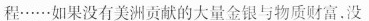
程……如果没有美洲贡献的大量金银与物质财富。没